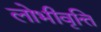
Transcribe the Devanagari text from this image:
लोभीवृत्ति